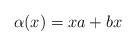
LaTeX: \begin{align*}\alpha(x)=xa+bx\end{align*}